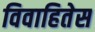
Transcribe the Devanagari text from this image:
विवाहितेस